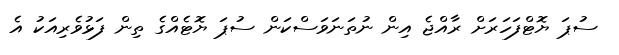
ސުޕަ ޔޮޓްފަހަރަށް ރާއްޖެ އިން ނުތަނަވަސްކަން ސުޕަ ޔޮޓެއްގެ ތިން ފަޅުވެރިއަކު އެ